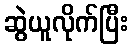
ဆွဲယူလိုက်ပြီး